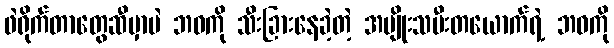
ဖဲရိုက်တာတွေဆီမှာပဲ ဘဝကို သီးခြားနေခဲ့တဲ့ အမျိုးသမီးတယောက်ရဲ့ ဘဝကို